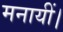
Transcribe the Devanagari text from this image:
मनायीं।